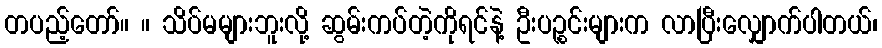
တပည့်တော်။ ။ သိပ်မများဘူးလို့ ဆွမ်းကပ်တဲ့ကိုရင်နဲ့ ဦးပဉ္စင်းများက လာပြီးလျှောက်ပါတယ်၊